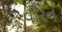
વોરન